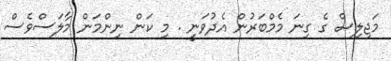
މަޖިލިސް ގެ ގިނަ މެމްބަރުން އެދުވަނީ . މި ކަން ނިންމަން މާލަސްވެސް